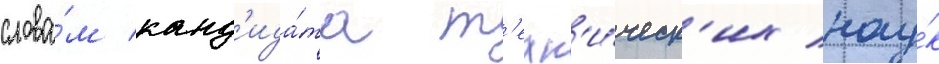
слова́м канд'ида́та т'ехн'и́ческ'их нау́к